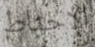
الإحباط